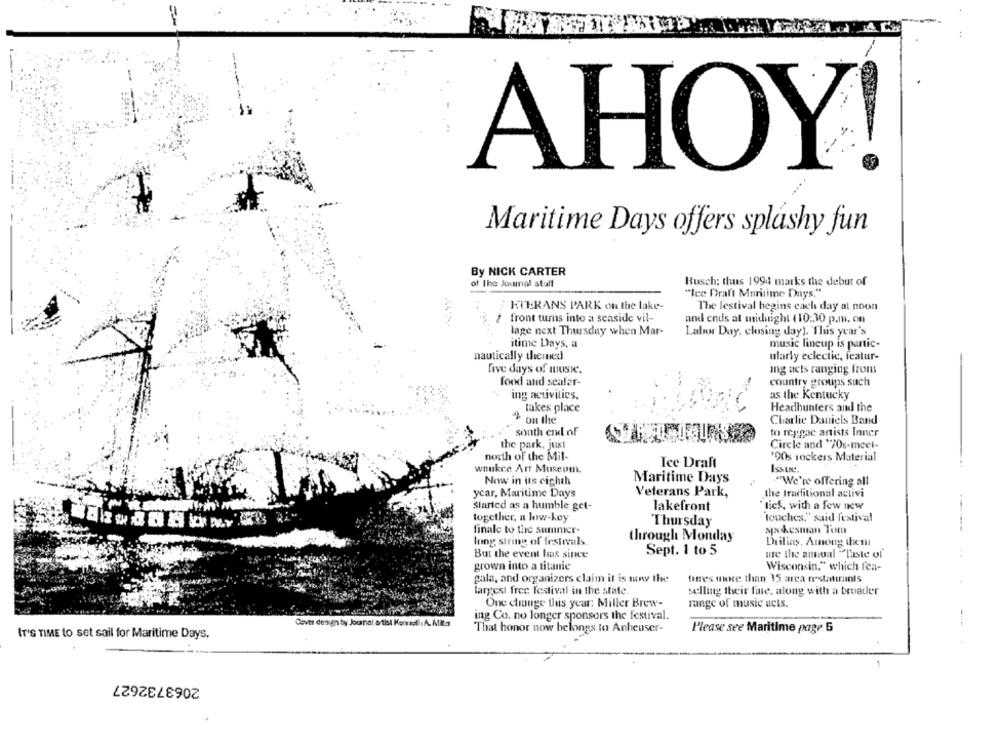
AHOY!
Maritime Days offers splashy fun
By NICK CARTER
of The Joumol staff
Busch: thus 1994 marks the debut of
"tee Draft Maritime Days,"
EUERANS PARK on the lake-
The festival begins each day at noon
2 front turns into a seaside vil-
and ends at midnight (10:30 p.m. on
lage next Thursday when Mar-
Labor Day, closing day). This year's
itime Days, a
music lineup is panic-
nautically themed
ularly eclectic, featur-
five days of music.
ing acts ranging from
food and seafar-
country groups such
ing activities.
as the Kentucky
takes place
Headhunters ail the
on the
Charlie Daniels Band
south end of
to reggae artists Inner
the park, just
Circle and '70s-meel-
north of the Mil-
'90s rockers Material
Ice Draft
waukce Art Museum.
Now in its eighth
Maritime Days
"We're offering all
ycar, Maritime Days
Veterans Park,
the traditional activi
Started as a humble get-
lakefront
tics, with a few new
together, a low-key
touches," said festival
Thursday
finale to the summicr-
spokesman Tim
long string of festivals.
through Monday
Duilias. Among them
But the event has since
Sept. 1 to 5
ure the annual "Taste of'
grown into a titanic
Wisconsin." which fa-
gala, and organizers claim it is now the
torres more than 35 area nestatirants
largest free festival in the state.
selling their fine, along with a broader
One change this year: Miller Brew-
range of music ucts.
ing Co. no longer sponsors the festival.
Cover design by Journal artist Kennelli A. Mita
That honor now belongs to Anheuser-
Please see Maritime page 5
IT'S TIME to set sail for Maritime Days.
2063732627